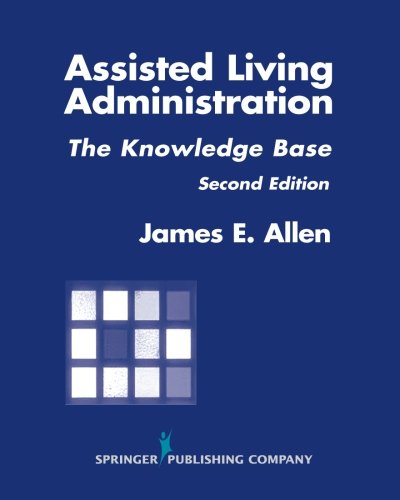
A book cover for Assisted Living Administration: The Knowledge Base, Second Edition; James E. Allen PhD  MSPH  NHA  IP; Self-Help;